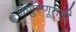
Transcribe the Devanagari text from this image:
अणुरेणूतही